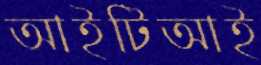
আইটিআই